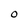
Character: O